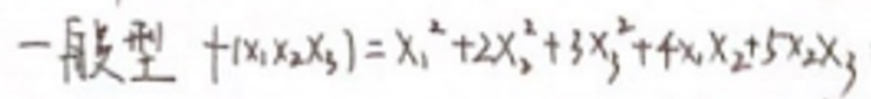
一般型 \(f(x_1,x_2,x_3)=x_1^2 + 2x_2^2 + 3x_3^2 + 4x_1x_2 + 5x_2x_3\)